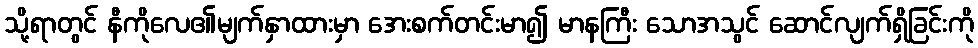
သို့ရာတွင် နီကိုလေ၏မျက်နှာထားမှာ အေးစက်တင်းမာ၍ မာနကြီး သောအသွင် ဆောင်လျက်ရှိခြင်းကို